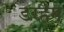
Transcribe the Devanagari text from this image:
डरहैम